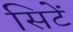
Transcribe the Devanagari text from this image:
सिटें